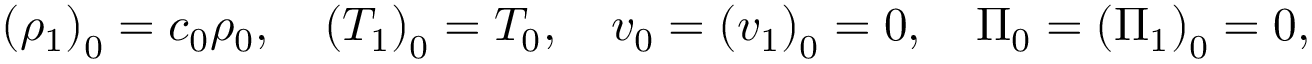
\left( \rho _ { 1 } \right) _ { 0 } = c _ { 0 } \rho _ { 0 } , \quad \left( T _ { 1 } \right) _ { 0 } = T _ { 0 } , \quad v _ { 0 } = \left( v _ { 1 } \right) _ { 0 } = 0 , \quad \Pi _ { 0 } = \left( \Pi _ { 1 } \right) _ { 0 } = 0 ,